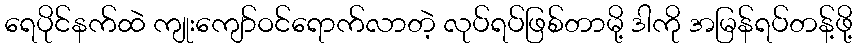
ရေပိုင်နက်ထဲ ကျုးကျော်ဝင်ရောက်လာတဲ့ လုပ်ရပ်ဖြစ်တာမို့ ဒါကို အမြန်ရပ်တန့်ဖို့